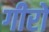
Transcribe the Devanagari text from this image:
गीरों